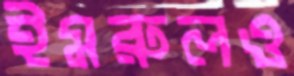
ইমরুলও